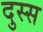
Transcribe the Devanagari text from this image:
दुस्स